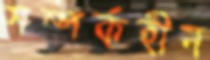
সম্পর্কহীন